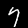
Digit: 7